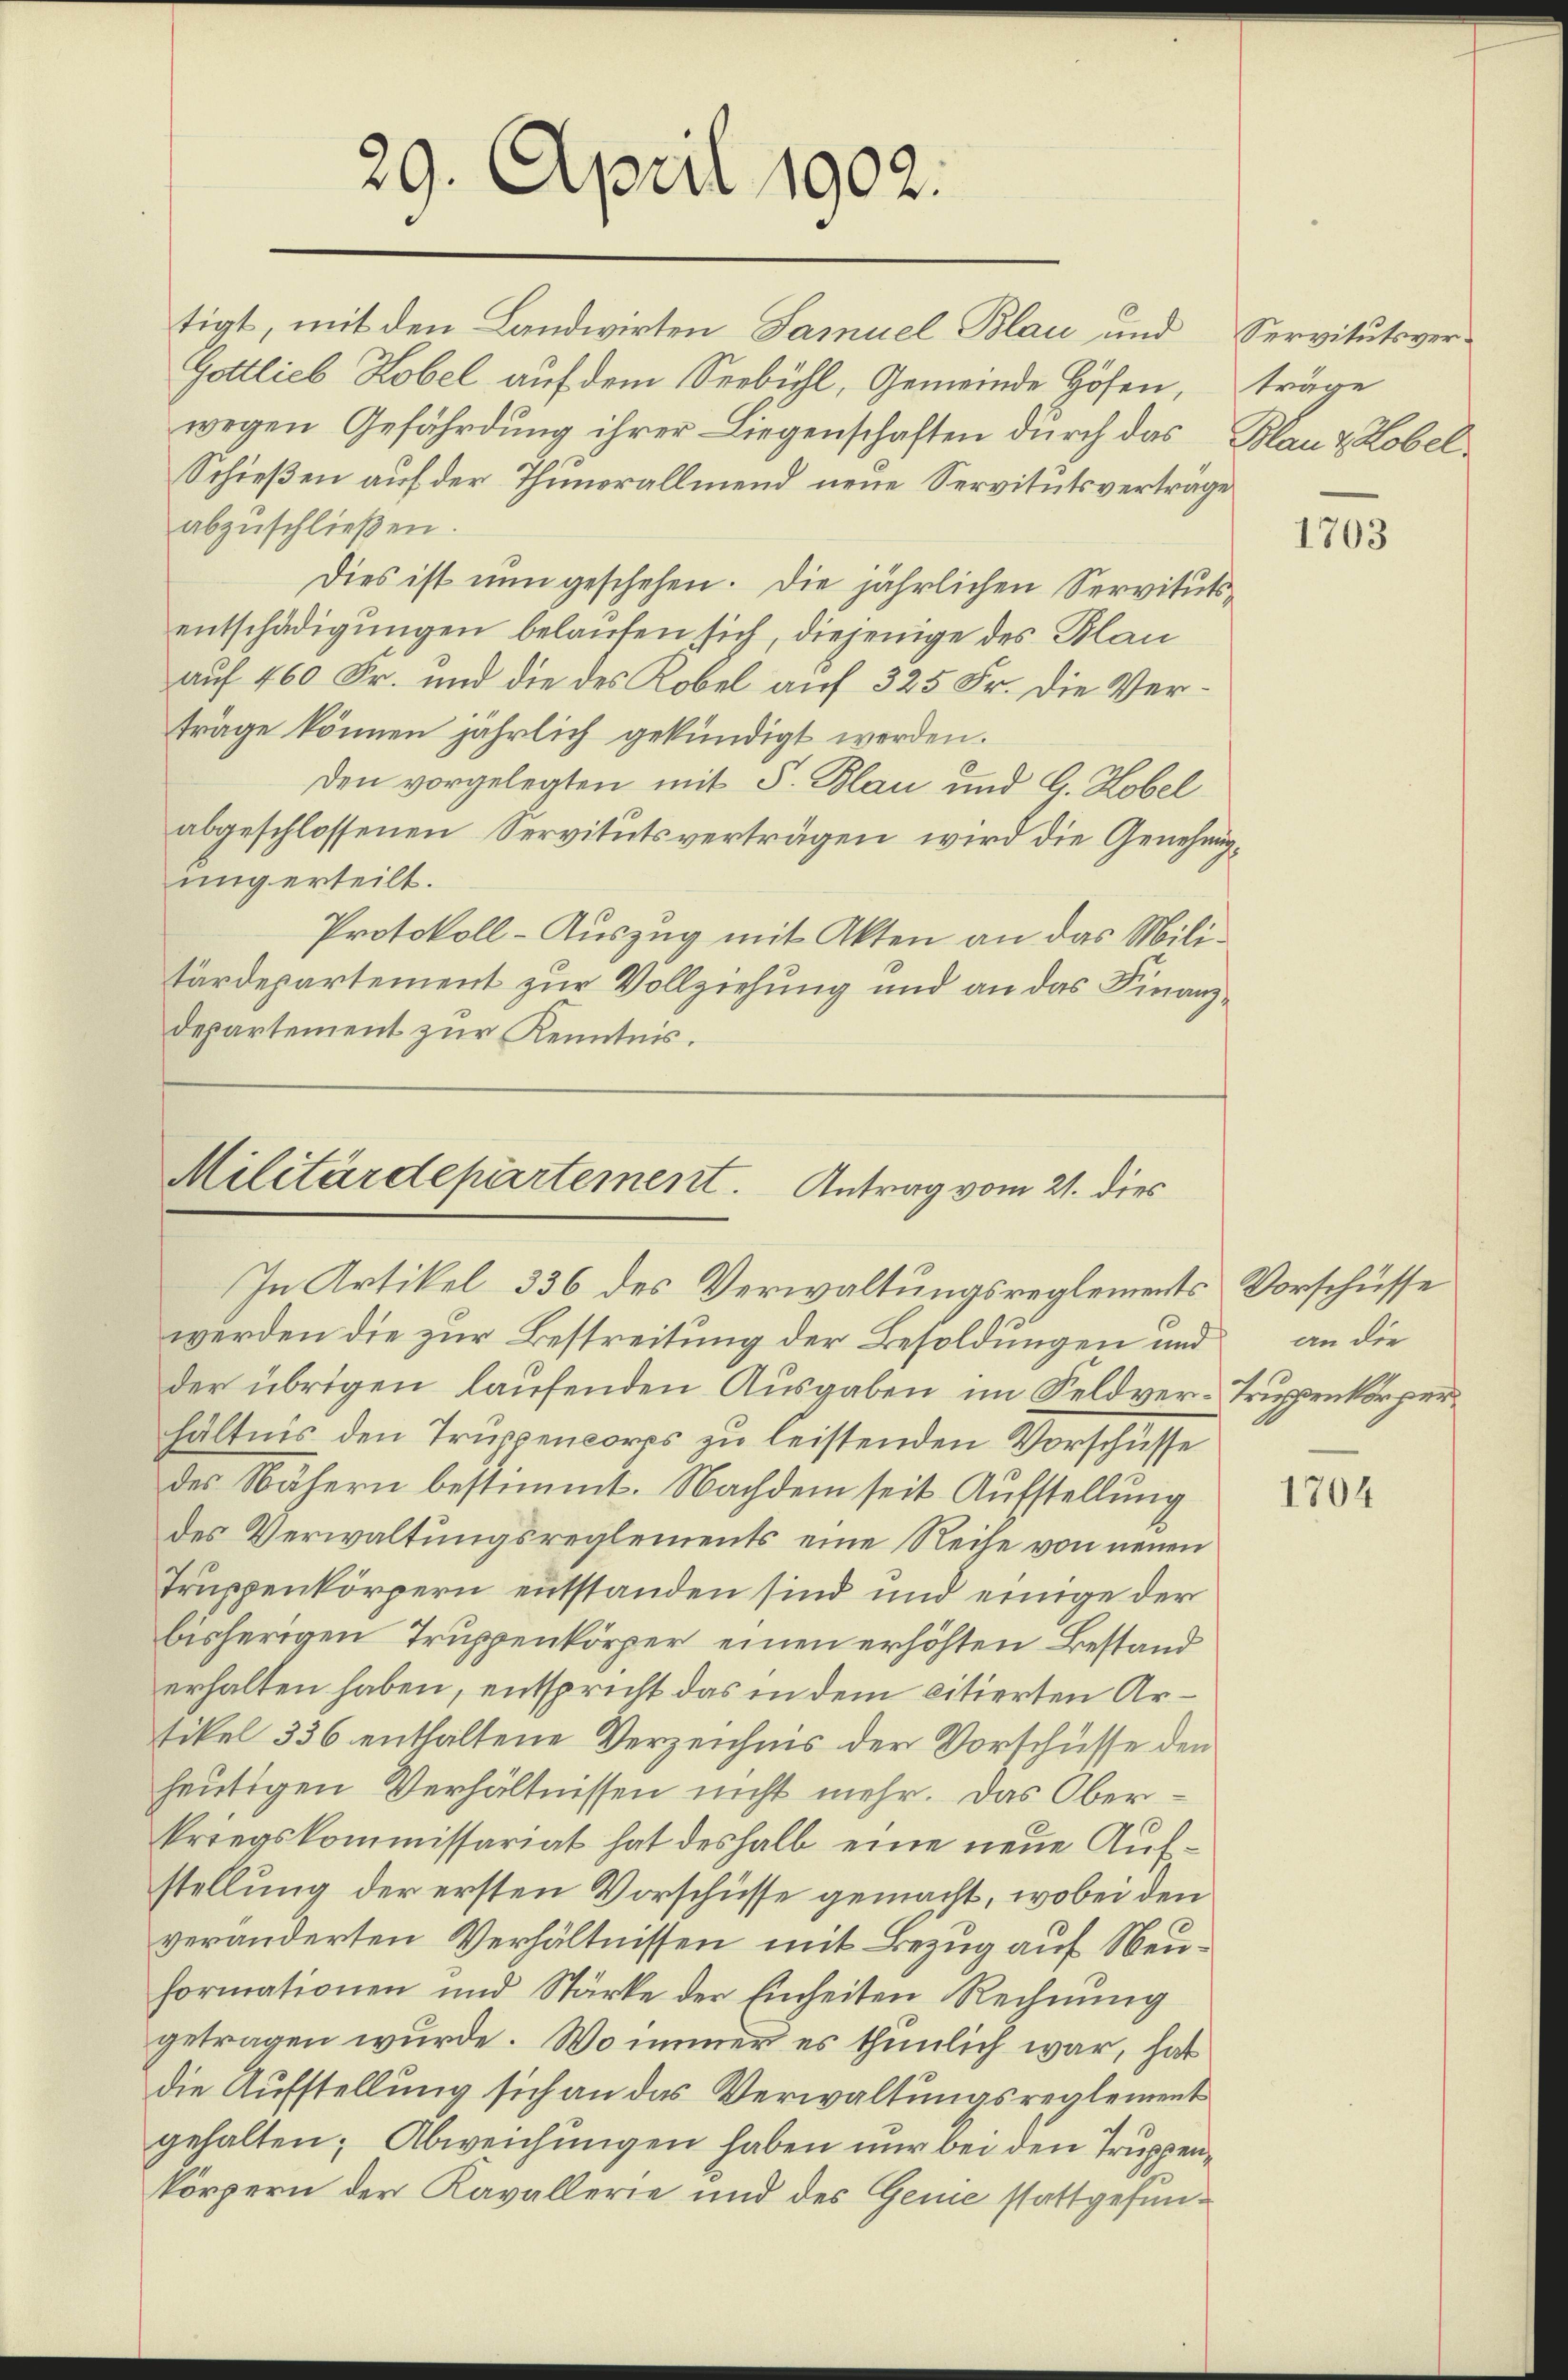
29. April 1902.

tigt, mit den Landwirten Samuel Blau und Servitutsver-
Gottlieb Kobel auf dem Seebühl, Gemeinde Höfen,
wegen Gefährdung ihrer Liegenschaften durch das Blau & Lobel¬
Schießen auf der Thunerallmend neue Servitutsvertrage
abzŭschlieβen.
Dies ist nun geschehen. Die jährlichen Servitutsentschädigungen belaufen sich, diejenige des Blau
auf 460 Fr. und die des Kobel auf 325 Fr. die Verträge können jährlich gekündigt werden.
den vorgelegten mit S. Blau und G. Robel
abgeschlossenen Servitutsverträgen, wird die Genehmigung erteilt.
Protokoll-Auszug mit Akten an das Militärdepartement zur Vollziehung und an das Finanzdepartement zur Kenntnis.

Militärdepartement. Antrag vom 21. dies
In Artikel 336 des Verwaltungsreglements Vorschüsse

werden die zur Bestreitung der Besoldungen und an die
der übrigen laufenden Ausgaben im Feldver-Truppenkörperhältnis den Truppencorps zu leistenden Vorschüsse
des Nähern bestimmt. Nachdem seit Aufstellung
des Verwaltungsreglements eine Reihe von neuen
Truppenkörpern entstanden sind und einige der
bisherigen Truppenkörper, einen erhöhten Bestand
erhalten haben, entspricht das in dem citierten Artikel 336 enthaltene Verzeichnis der Vorschüsse den
heutigen Verhältnissen nicht mehr. Das Oberkriegskommissariat hat deshalb eine neue Aufstellung der ersten Vorschüsse gemacht, wobei den
veränderten Verhältnissen mit Bezug auf Neuformationen und Stärke der Einheiten Rechnung
getragen wurde. Wo immer es thunlich war, hat
die Aufstellung sich an das Verwaltungsreglement
gehalten; Abweichungen haben nur bei den Truppenkörpern der Kavallerie und des Geme stattgefun¬

träge

1703

1704